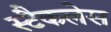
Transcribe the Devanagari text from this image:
स्टैकलेस